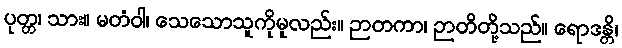
ပုတ္တ၊ သား။ မတံဝါ၊ သေသောသူကိုမူလည်း။ ဉာတကာ၊ ဉာတိတို့သည်။ ရောဒန္တိ၊